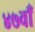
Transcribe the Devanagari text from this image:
४७वाँ